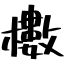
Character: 櫢